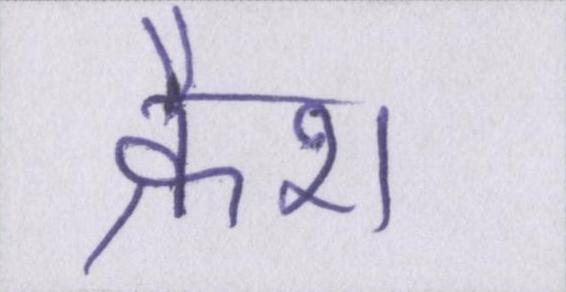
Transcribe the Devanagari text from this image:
क्रैश